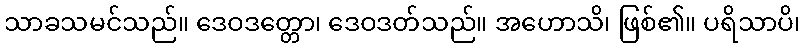
သာခသမင်သည်။ ဒေဝဒတ္တော၊ ဒေဝဒတ်သည်။ အဟောသိ၊ ဖြစ်၏။ ပရိသာပိ၊